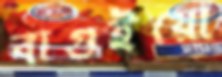
বাগুইয়ো